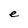
Character: e